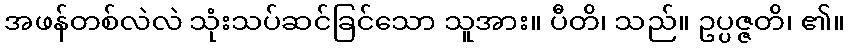
အဖန်တစ်လဲလဲ သုံးသပ်ဆင်ခြင်သော သူအား။ ပီတိ၊ သည်။ ဥပ္ပဇ္ဇတိ၊ ၏။